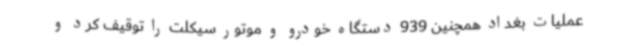
عملیات بغداد همچنین 939 دستگاه خودرو و موتور سیکلت را توقیف کرد و